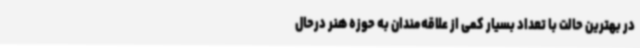
در بهترین حالت با تعداد بسیار کمی از علاقه‌مندان به حوزه هنر درحال